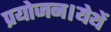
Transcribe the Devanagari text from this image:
प्रयोजन।येथें